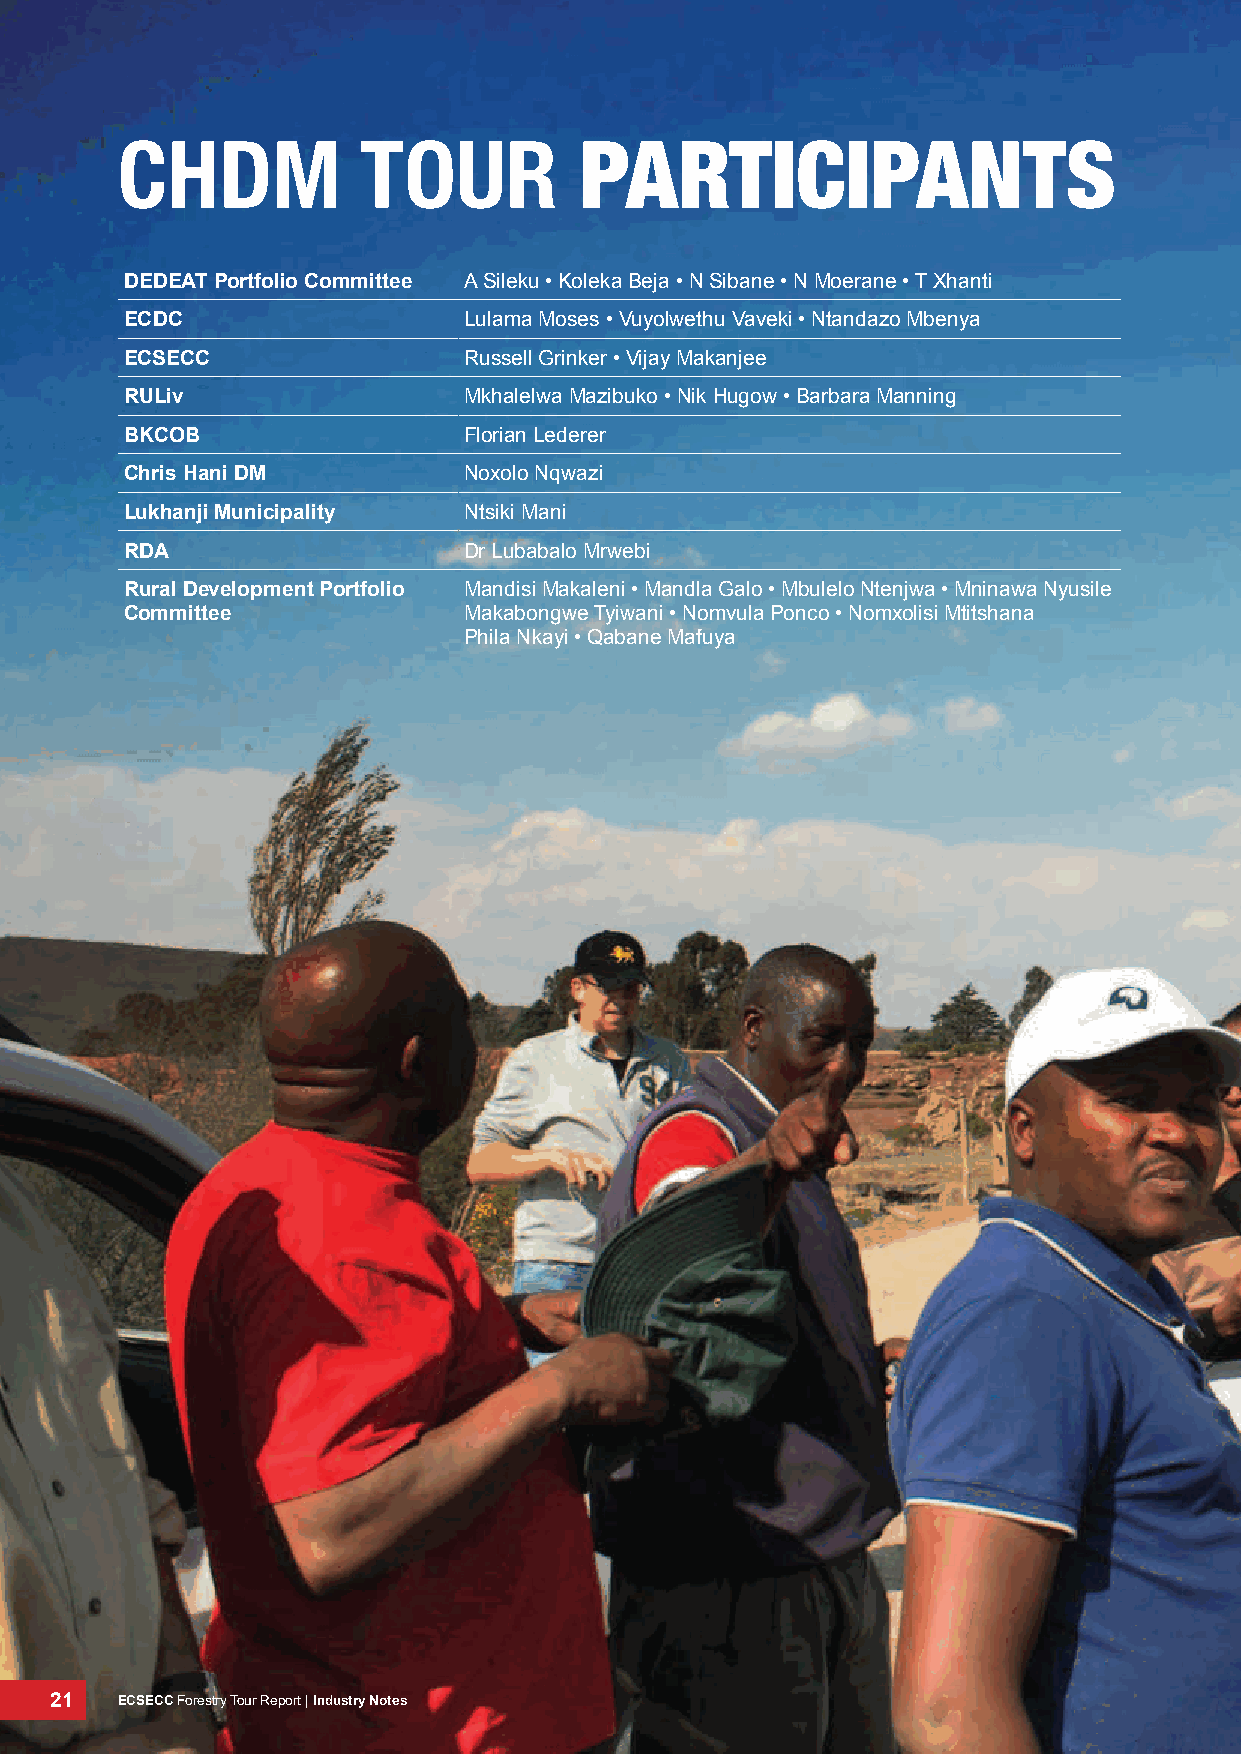
chdm            Tour          pArtICIpAnts
 dEdEat portfolio Committee A Sileku • Koleka Beja • N Sibane • N Moerane • T Xhanti
 ECdC                   Lulama Moses • Vuyolwethu Vaveki • Ntandazo Mbenya
 ECSECC                 Russell Grinker • Vijay Makanjee
 ruliv                  Mkhalelwa Mazibuko • Nik Hugow • Barbara Manning
 BkCoB                  Florian Lederer
 Chris hani dM          Noxolo Nqwazi
 Lukhanji Municipality  Ntsiki Mani
 rda                    Dr Lubabalo Mrwebi
 rural development portfolio Mandisi Makaleni • Mandla Galo • Mbulelo Ntenjwa • Mninawa Nyusile
 Committee              Makabongwe Tyiwani • Nomvula Ponco • Nomxolisi Mtitshana
 Phila Nkayi • Qabane Mafuya
 21   ECSECC Forestry Tour Report | Industry Notes